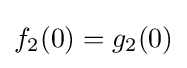
f_{2}(0)=g_{2}(0)